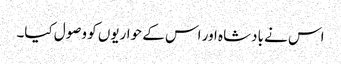
اس نے بادشاہ اور اس کے حواریوں کو وصول کیا۔